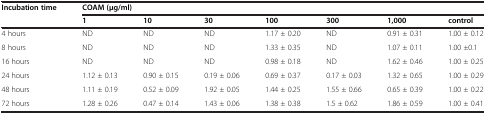
<table><thead><tr><td><b>Incubation time</b></td><td colspan="7"><b>COAM (μg/ml)</b></td></tr><tr><td><b> </b></td><td><b>1</b></td><td><b>10</b></td><td><b>30</b></td><td><b>100</b></td><td><b>300</b></td><td><b>1,000</b></td><td><b>control</b></td></tr></thead><tbody><tr><td>4 hours</td><td>ND</td><td>ND</td><td>ND</td><td>1.17 ± 0.20</td><td>ND</td><td>0.91 ± 0.31</td><td>1.00 ± 0.12</td></tr><tr><td>8 hours</td><td>ND</td><td>ND</td><td>ND</td><td>1.33 ± 0.35</td><td>ND</td><td>1.07 ± 0.11</td><td>1.00 ±0.1</td></tr><tr><td>16 hours</td><td>ND</td><td>ND</td><td>ND</td><td>0.98 ± 0.18</td><td>ND</td><td>1.62 ± 0.46</td><td>1.00 ± 0.25</td></tr><tr><td>24 hours</td><td>1.12 ± 0.13</td><td>0.90 ± 0.15</td><td>0.19 ± 0.06</td><td>0.69 ± 0.37</td><td>0.17 ± 0.03</td><td>1.32 ± 0.65</td><td>1.00 ± 0.29</td></tr><tr><td>48 hours</td><td>1.11 ± 0.19</td><td>0.52 ± 0.09</td><td>1.92 ± 0.05</td><td>1.44 ± 0.25</td><td>1.55 ± 0.66</td><td>0.65 ± 0.39</td><td>1.00 ± 0.22</td></tr><tr><td>72 hours</td><td>1.28 ± 0.26</td><td>0.47 ± 0.14</td><td>1.43 ± 0.06</td><td>1.38 ± 0.38</td><td>1.5 ± 0.62</td><td>1.86 ± 0.59</td><td>1.00 ± 0.41</td></tr></tbody></table>